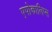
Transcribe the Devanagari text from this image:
एपोकालिप्स